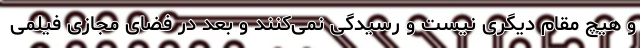
و هیچ مقام دیگری نیست و رسیدگی نمی‌کنند و بعد در فضای مجازی فیلمی